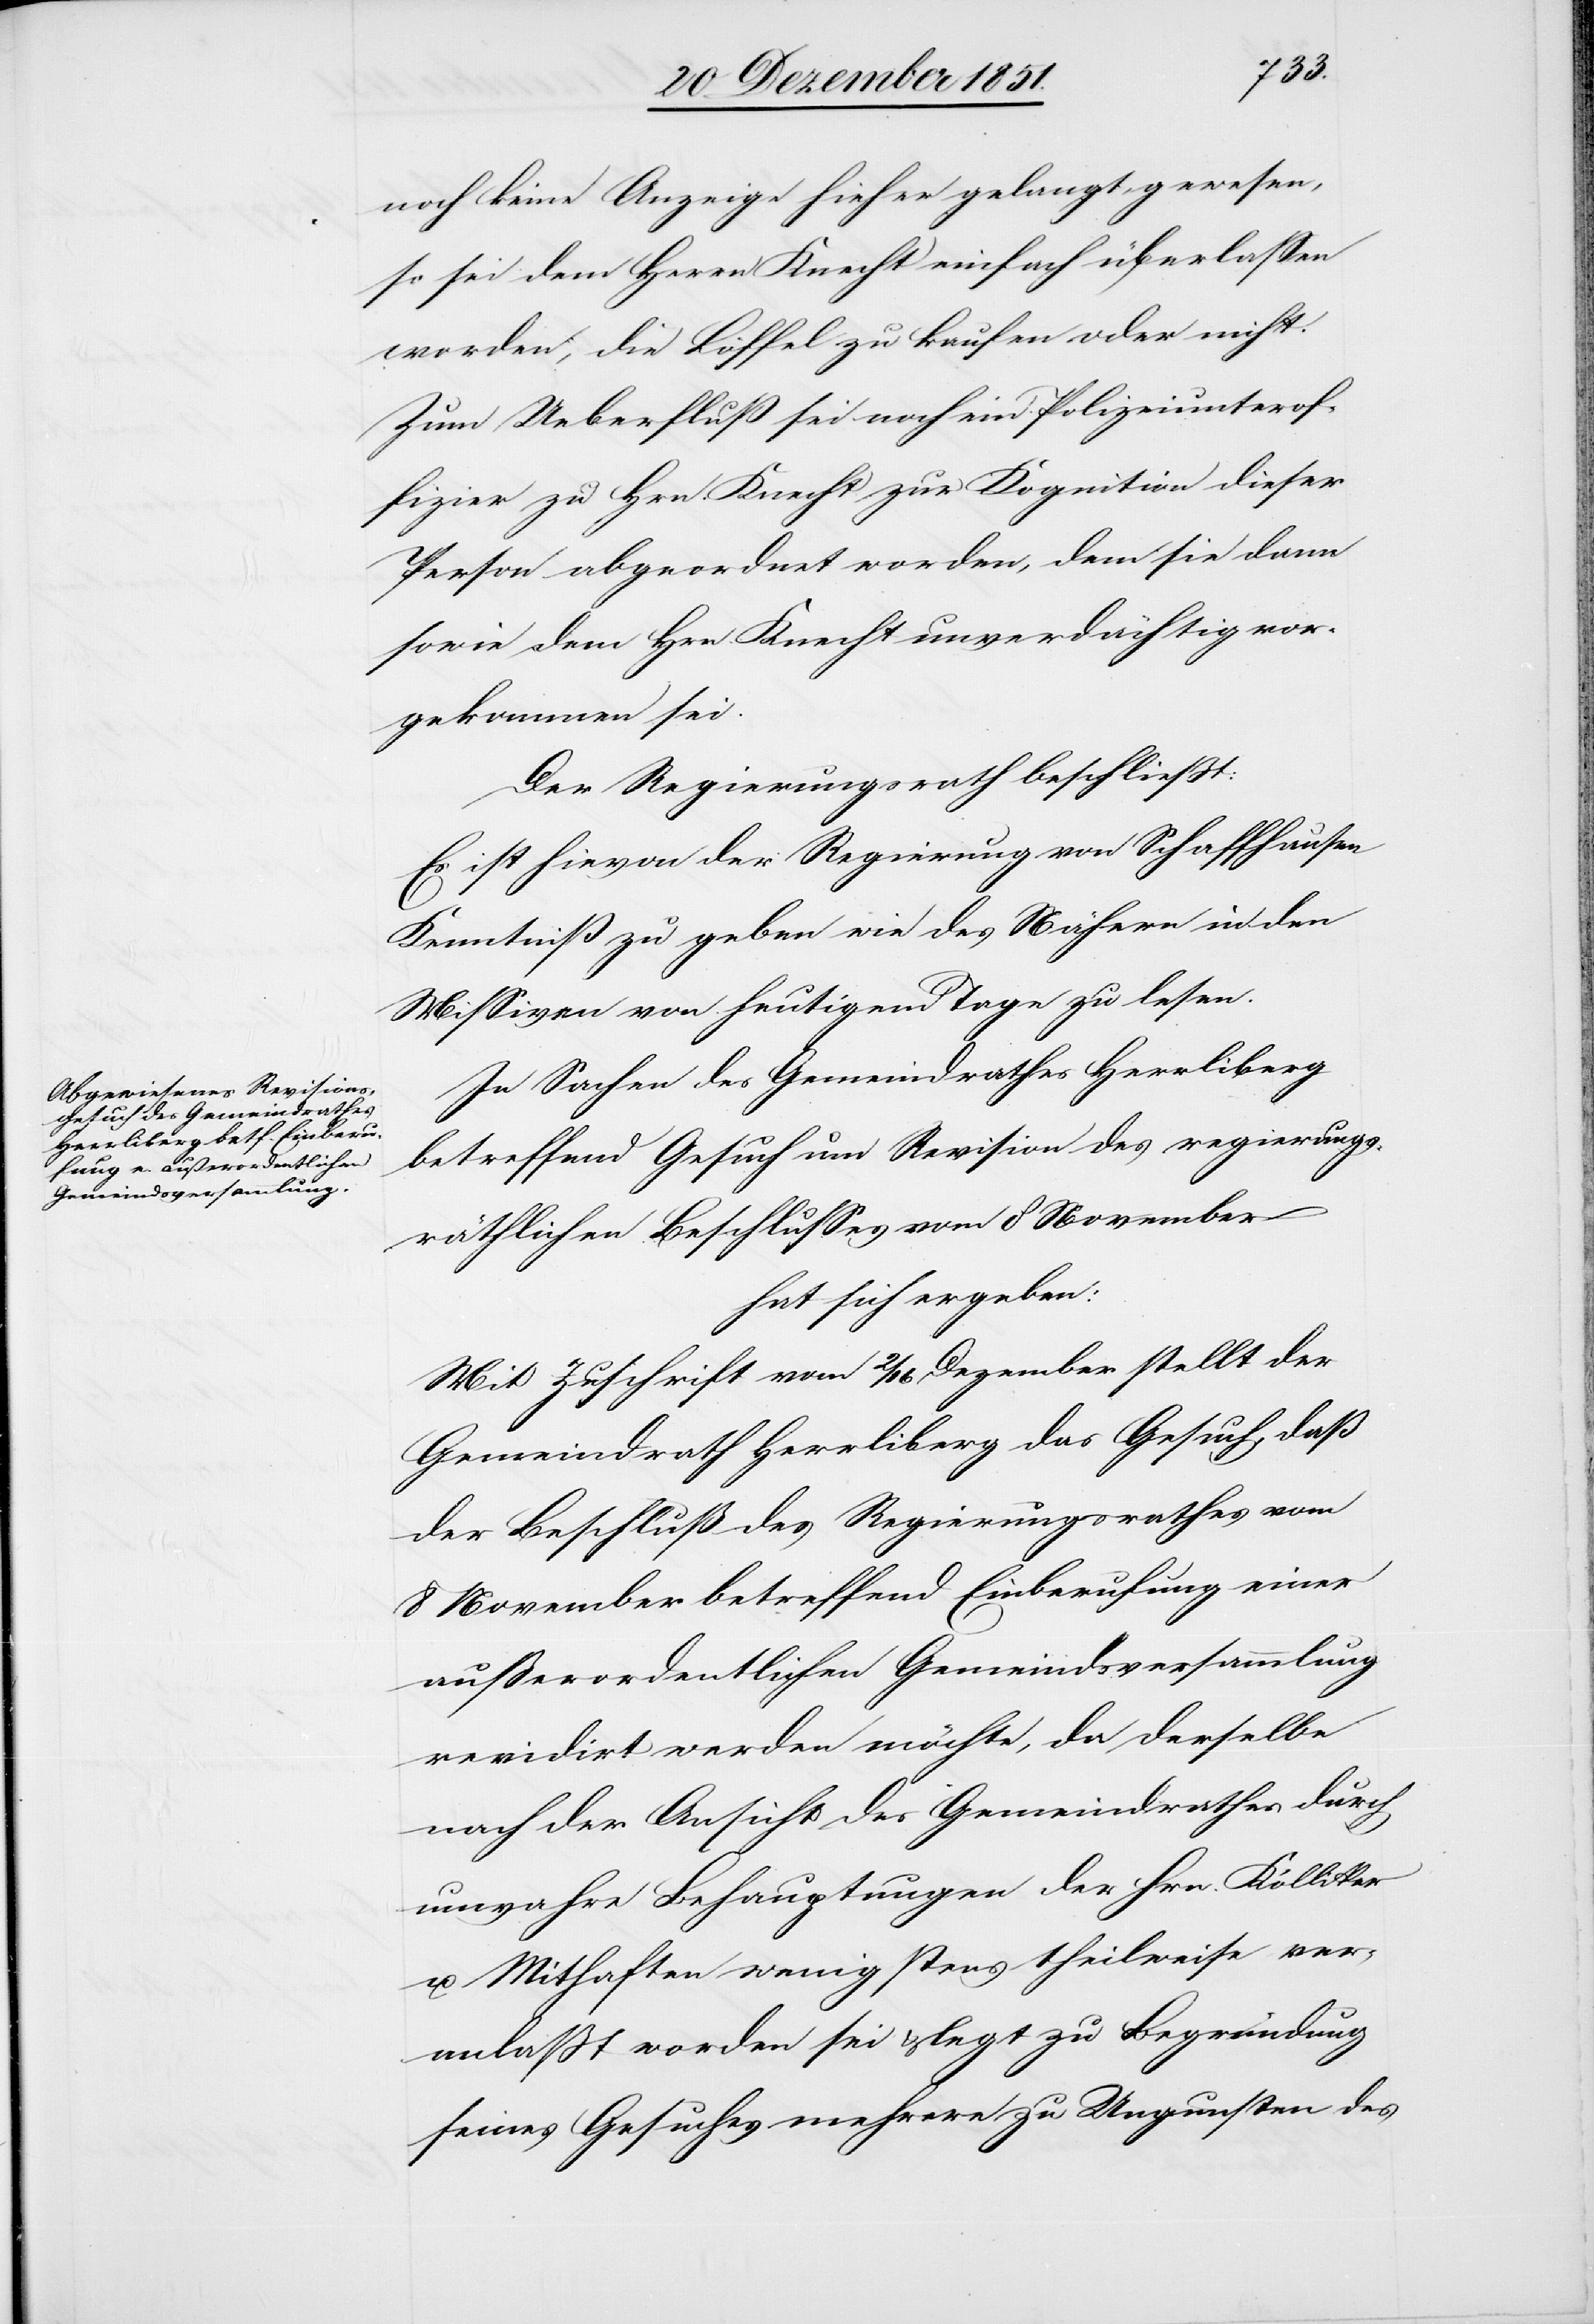
noch keine Anzeige hieher gelangt gewesen,
so sei dem Herrn Knecht einfach überlassen
worden, die Löffel zu kaufen oder nicht.
Zum Ueberfluß sei noch ein Polizeiunterof¬
fizier zu Hrn. Knecht zur Kognition dieser
Person abgeordnet worden, dem sie dann
sowie dem Hrn. Knecht unverdächtig vor¬
gekommen sei.
Der Regierungsrath beschließt:
Es ist hievon der Regierung von Schaffhausen
Kenntniß zu geben wie des Nähern in den
Missiven von heutigem Tage zu lesen.
In Sachen des Gemeindrathes Herrliberg
betreffend Gesuch um Revision des regierungs¬
räthlichen Beschlusses vom 8 November
hat sich ergeben:
Mit Zuschrift vom 2 / 16 Dezember stellt der
Gemeindrath Herrliberg das Gesuch, daß
der Beschluß des Regierungsrathes vom
8 November betreffend Einberufung einer
außerordentlichen Gemeindsversammlung
revidirt werden möchte, da derselbe
nach der Ansicht des Gemeindrathes durch
unwahre Behauptungen der Hrn. Kölliker
u. Mithaften wenigstens theilweise ver¬
anlaßt worden sei & legt zu Begründung
seines Gesuches mehrere zu Ungunsten des